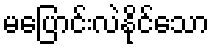
မပြောင်းလဲနိုင်သော